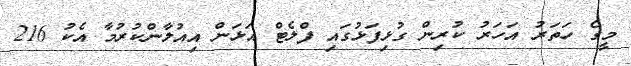
މީގެ ހަތަރު އަހަރު ކުރިން ގުޅިފަޅުގައި ފްލެޓް އަޅަން އިއުލާންކުރުމާ އެކު 216